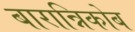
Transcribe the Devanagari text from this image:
बारान्निकोब